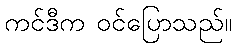
ကင်ဒီက ဝင်ပြောသည်။